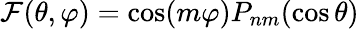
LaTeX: \mathcal{F}(\theta,\varphi)=\cos(m\varphi)P_{nm}(\cos\theta)